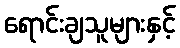
ရောင်းချသူများနှင့်